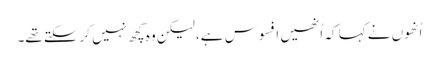
اُنھوں نے کہا کہ اُنھیں افسوس ہے، لیکن وہ کچھ نہیں کرسکتے تھے۔